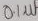
Text: 0.1µf